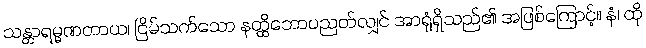
သန္တာရမ္မဏတာယ၊ ငြိမ်သက်သော နတ္ထိဘောပညတ်လျှင် အာရုံရှိသည်၏ အဖြစ်ကြောင့်။ နံ၊ ထို